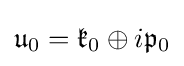
{\mathfrak {u}}_{0}={\mathfrak {k}}_{0}\oplus i{\mathfrak {p}}_{0}